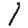
Digit: 1